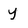
Character: y